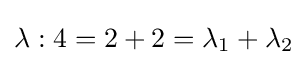
\lambda :4=2+2=\lambda _{1}+\lambda _{2}